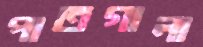
পাতগালা